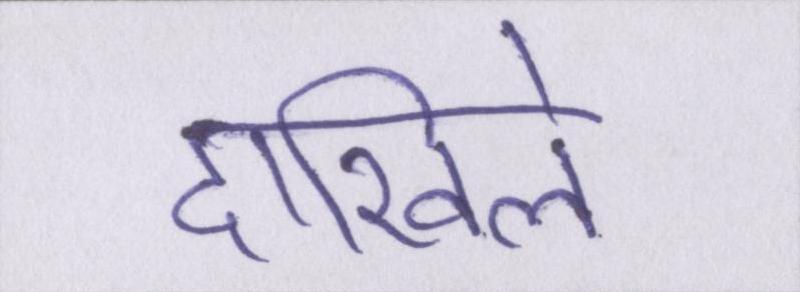
दाखिले